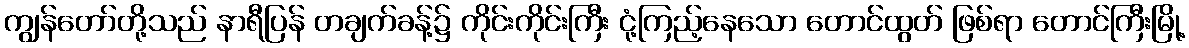
ကျွန်တော်တို့သည် နာရီပြန် တချက်ခန့်၌ ကိုင်းကိုင်းကြီး ငုံ့ကြည့်နေသော တောင်ထွတ် ဖြစ်ရာ တောင်ကြီးမြို့